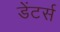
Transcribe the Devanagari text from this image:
डेंटर्स